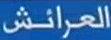
العرائش